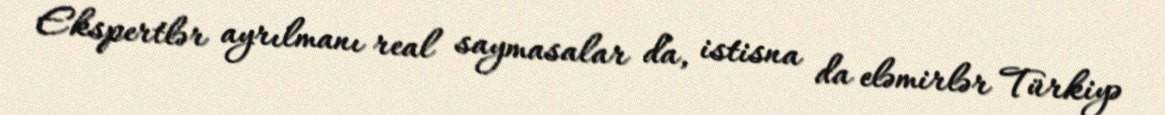
Ekspertlər ayrılmanı real saymasalar da, istisna da eləmirlər Türkiyə